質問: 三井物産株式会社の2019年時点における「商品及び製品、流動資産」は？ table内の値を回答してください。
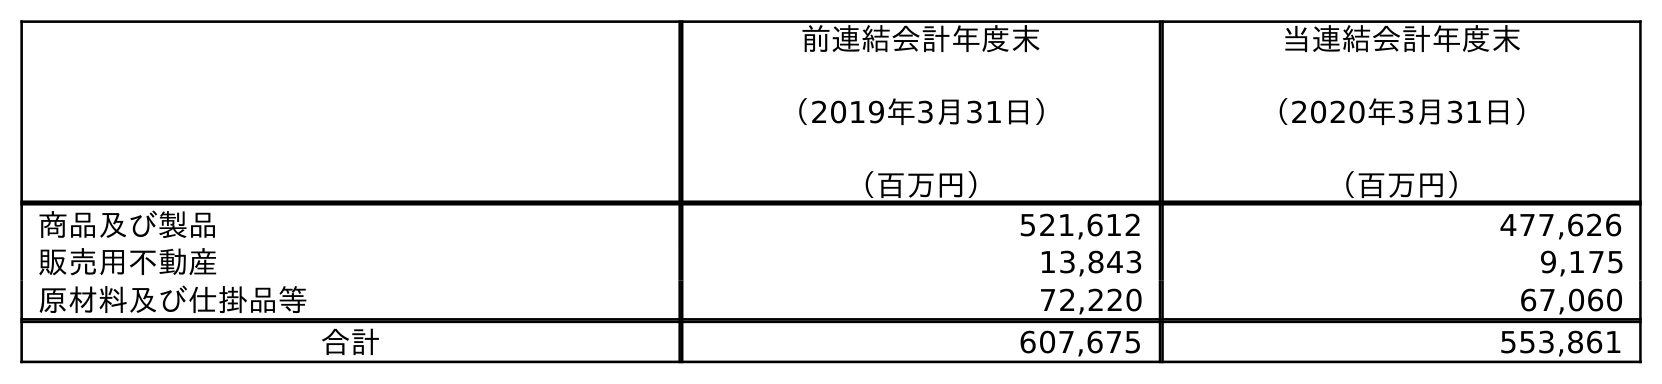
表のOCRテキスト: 前連結会計年度末 （2019年3月31日） （百万円） 当連結会計年度末 （2020年3月31日） （百万円） 商品及び製品 521,612 477,626 販売用不動産 13,843 9,175 原材料及び仕掛品等 72,220 67,060 合計 607,675 553,861
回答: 521,612